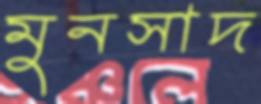
মুনসাদ